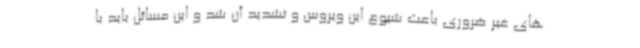
های غیر ضروری باعث شیوع این ویروس و تشدید آن شد و این مسائل باید با